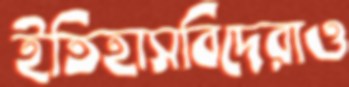
ইতিহাসবিদেরাও